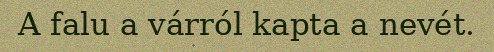
A falu a várról kapta a nevét.